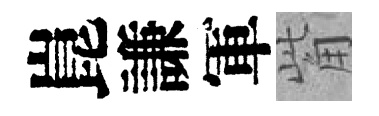
崑謙軍觜